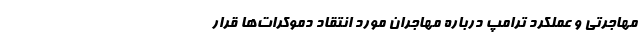
مهاجرتی و عملکرد ترامپ درباره مهاجران مورد انتقاد دموکرات‌ها قرار